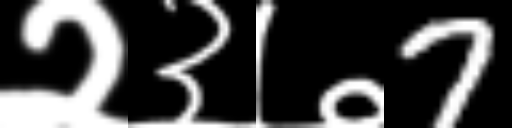
Text: २३७7